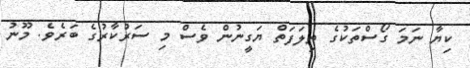
ކިޔާ ނަމަ ގޯސްތަކުގެ ތިލަފަތް ޔަގީނުން ވެސް މި ސަރުކާރުގެ ބަރެވެ. މޫނު